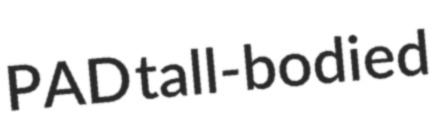
PAD tall-bodied